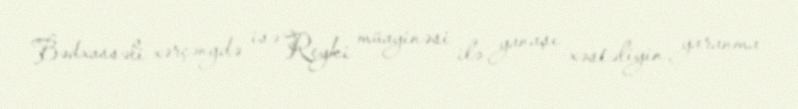
Bədxassəli xərçəngdə isə Reyki müayinəsi ilə yanaşı xəstəliyin yaranma